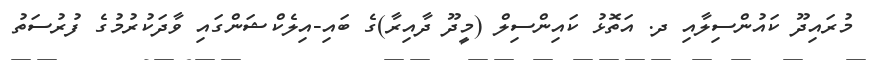
މުރައިދޫ ކައުންސިލާއި ދ. އަތޮޅު ކައިންސިލް (މީދޫ ދާއިރާ)ގެ ބައި-އިލެކްޝަންގައި ވާދަކުރުމުގެ ފުރުސަތު